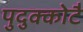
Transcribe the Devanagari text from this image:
पुदुक्कोटै